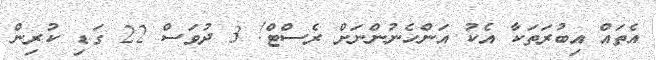
އެތައް އިބުރަތަކާ އެކު އަންހެނުންނަށް ރެސްޓް! 3 ދުވަސް 22 ގަޑި ކުރިން